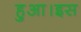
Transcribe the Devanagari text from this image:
हुआ।इस